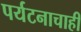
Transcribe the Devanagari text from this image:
पर्यटनाचाही